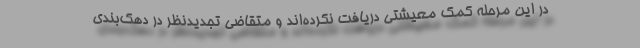
در این مرحله کمک معیشتی دریافت نکرده‌اند و متقاضی تجدیدنظر در دهک‌بندی